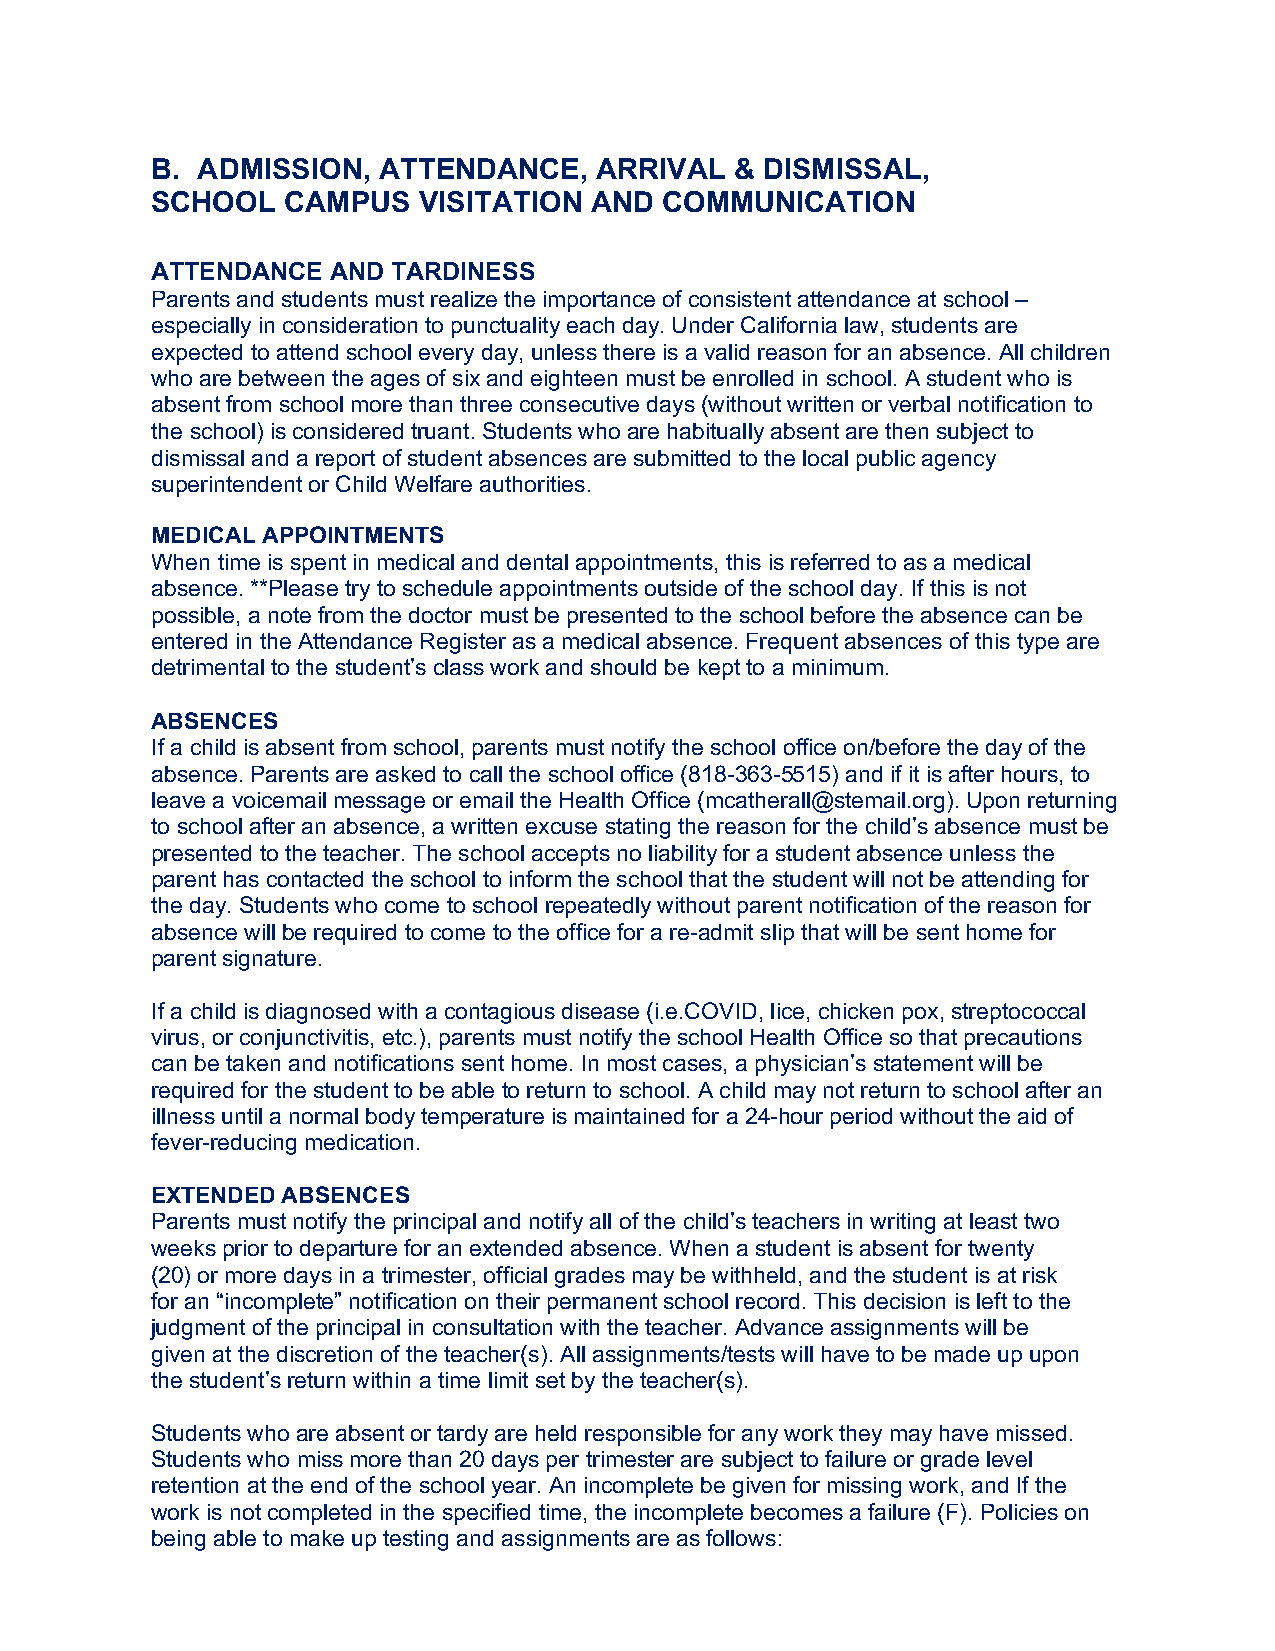
B. ADMISSION,  ATTENDANCE,   ARRIVAL   & DISMISSAL,
 SCHOOL   CAMPUS   VISITATION AND  COMMUNICATION
 ATTENDANCE  AND TARDINESS
 Parents and students must realize the importance of consistent attendance at school –
 especially in consideration to punctuality each day. Under California law, students are
 expected to attend school every day, unless there is a valid reason for an absence. All children
 who are between the ages of six and eighteen must be enrolled in school. A student who is
 absent from school more than three consecutive days (without written or verbal notification to
 the school) is considered truant. Students who are habitually absent are then subject to
 dismissal and a report of student absences are submitted to the local public agency
 superintendent or Child Welfare authorities.
 MEDICAL APPOINTMENTS
 When time is spent in medical and dental appointments, this is referred to as a medical
 absence. **Please try to schedule appointments outside of the school day. If this is not
 possible, a note from the doctor must be presented to the school before the absence can be
 entered in the Attendance Register as a medical absence. Frequent absences of this type are
 detrimental to the student’s class work and should be kept to a minimum.
 ABSENCES
 If a child is absent from school, parents must notify the school office on/before the day of the
 absence. Parents are asked to call the school office (818-363-5515) and if it is after hours, to
 leave a voicemail message or email the Health Office (mcatherall@stemail.org). Upon returning
 to school after an absence, a written excuse stating the reason for the child’s absence must be
 presented to the teacher. The school accepts no liability for a student absence unless the
 parent has contacted the school to inform the school that the student will not be attending for
 the day. Students who come to school repeatedly without parent notification of the reason for
 absence will be required to come to the office for a re-admit slip that will be sent home for
 parent signature.
 If a child is diagnosed with a contagious disease (i.e.COVID, lice, chicken pox, streptococcal
 virus, or conjunctivitis, etc.), parents must notify the school Health Office so that precautions
 can be taken and notifications sent home. In most cases, a physician’s statement will be
 required for the student to be able to return to school. A child may not return to school after an
 illness until a normal body temperature is maintained for a 24-hour period without the aid of
 fever-reducing medication.
 EXTENDED ABSENCES
 Parents must notify the principal and notify all of the child’s teachers in writing at least two
 weeks prior to departure for an extended absence. When a student is absent for twenty
 (20) or more days in a trimester, official grades may be withheld, and the student is at risk
 for an “incomplete” notification on their permanent school record. This decision is left to the
 judgment of the principal in consultation with the teacher. Advance assignments will be
 given at the discretion of the teacher(s). All assignments/tests will have to be made up upon
 the student’s return within a time limit set by the teacher(s).
 Students who are absent or tardy are held responsible for any work they may have missed.
 Students who miss more than 20 days per trimester are subject to failure or grade level
 retention at the end of the school year. An incomplete be given for missing work, and If the
 work is not completed in the specified time, the incomplete becomes a failure (F). Policies on
 being able to make up testing and assignments are as follows: